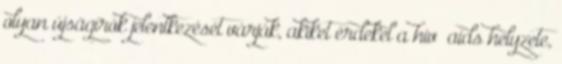
olyan újságírók jelentkezését várják, akiket érdekel a hiv aids helyzete,